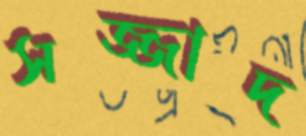
সজ্জাদ